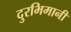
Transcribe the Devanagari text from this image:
दुरभिमानी